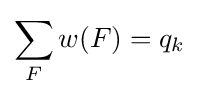
\sum _{F}w(F)=q_{k}